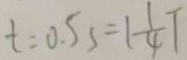
t = 0 . 5 s = 1 \frac { 1 } { 4 } T